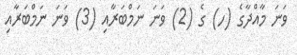
ވަނަ މާއްދާގެ (ހ) ގެ (2) ވަނަ ނަމްބަރާއި (3) ވަނަ ނަމްބަރާއި